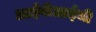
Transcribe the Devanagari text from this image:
आईवीआईजी